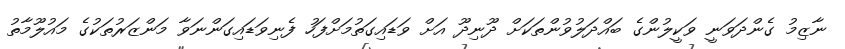
ނާޒިމު ގެންދަވަނީ ވަކީލުންގެ ބައްދަލުވުންތަކަށް ދޫނިދޫ އަށް ވަޑައިގަތުމަށްފަހު ފެނިވަޑައިގަންނަވާ މަންޒަރުތަކުގެ މައުލޫމާތު